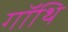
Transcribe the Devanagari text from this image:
गॉथि